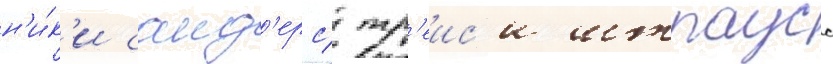
н'и́к'и санд'ерс/ тр'еис'и штраусс